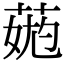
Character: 𦳹